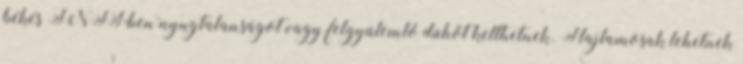
békés INFJ-ben nyugtalanságot vagy felgyülemlő dühöt kelthetnek. Hajlamosak lehetnek